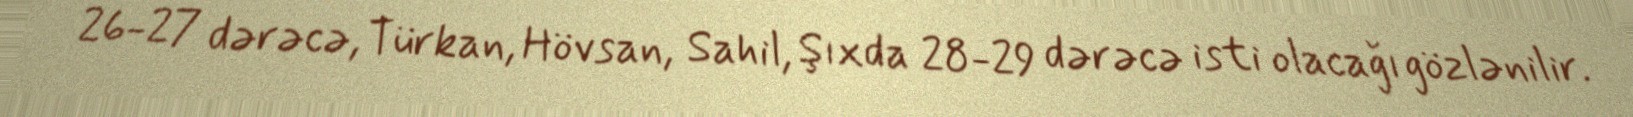
26-27 dərəcə, Türkan, Hövsan, Sahil, Şıxda 28-29 dərəcə isti olacağı gözlənilir.